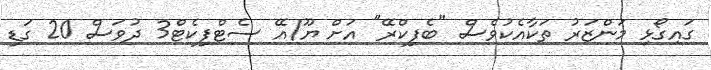
ގައިގޯޅި މަންޒަރު ތަކާއެކުވެސް "ބެފިކްރޭ" އަށް ޔޫ/އޭ ސެޓްފިކެޓް3 ދުވަސް 20 ގަޑި